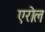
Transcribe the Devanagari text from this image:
एरोल